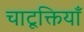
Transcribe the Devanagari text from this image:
चाटूक्तियाँ